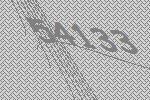
54133